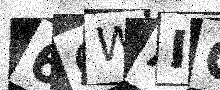
Text: 6QWAIC